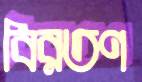
বিরতণ